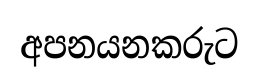
අපනයනකරුට